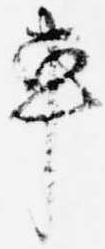
車